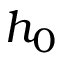
h _ { 0 }